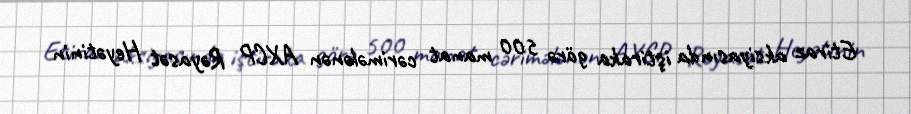
Etiraz aksiyasında iştiraka görə 500 manat cərimələnən AXCP Rəyasət Heyətinin